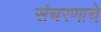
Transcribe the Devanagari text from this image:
संचरणाचे